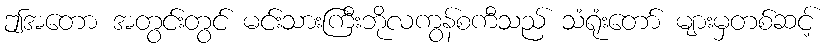
ဤအတော အတွင်းတွင် မင်းသားကြီးဘိုလကွန်စကီသည် သံရုံးတော် များမှတစ်ဆင့်